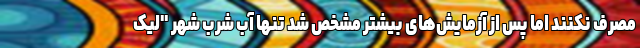
مصرف نکنند اما پس از آزمایش‌های بیشتر مشخص شد تنها آب شرب شهر "لیک